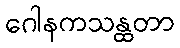
ဂေါနကသန္ထတာ